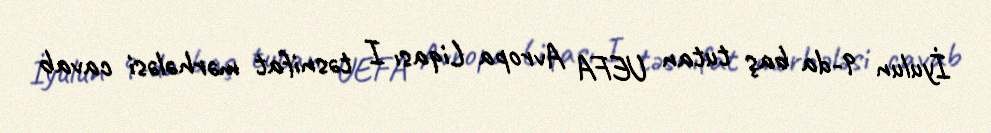
İyulun 9-da baş tutan UEFA Avropa Liqası I təsnifat mərhələsi cavab